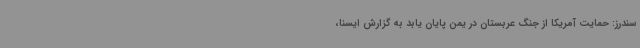
سندرز: حمایت آمریکا از جنگ عربستان در یمن پایان یابد به گزارش ایسنا،